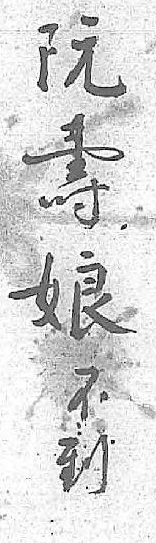
阮不壽到娘